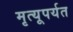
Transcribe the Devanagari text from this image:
मृत्यूपर्यत